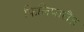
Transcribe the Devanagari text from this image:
फिलिप्सलैंड